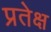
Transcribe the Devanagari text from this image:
प्रतेक्ष